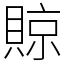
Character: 䝶